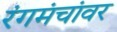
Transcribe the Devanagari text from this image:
रंगमंचांवर